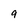
Character: 9